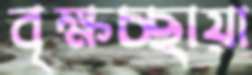
বৃক্ষচ্ছায়া